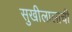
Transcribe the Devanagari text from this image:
सुखीलालाची